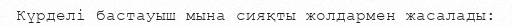
Күрделі бастауыш мына сияқты жолдармен жасалады: